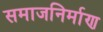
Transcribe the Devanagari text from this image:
समाजनिर्माण